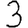
Digit: 3